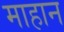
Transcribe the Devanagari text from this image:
माहान